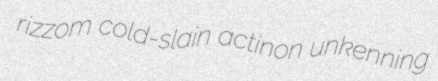
rizzom cold-slain actinon unkenning